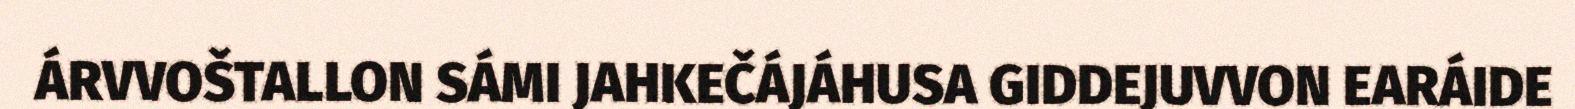
ÁRVVOŠTALLON SÁMI JAHKEČÁJÁHUSA GIDDEJUVVON EARÁIDE